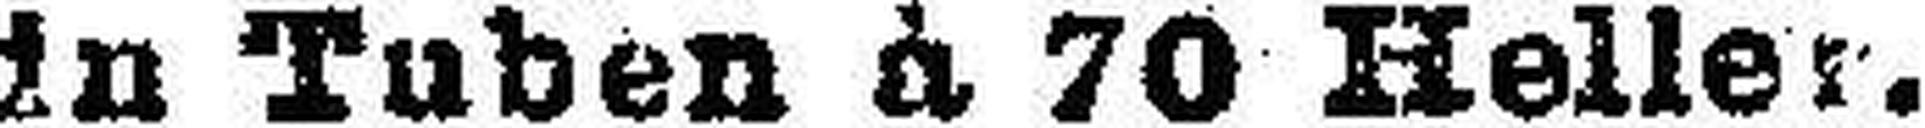
in Tuben & 70 Heller.